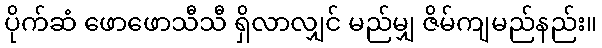
ပိုက်ဆံ ဖောဖောသီသီ ရှိလာလျှင် မည်မျှ ဇိမ်ကျမည်နည်း။